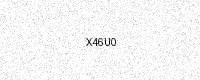
Text: X46U0